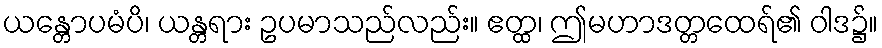
ယန္တောပမံပိ၊ ယန္တရား ဥပမာသည်လည်း။ ဧတ္ထ၊ ဤမဟာဒတ္တထေရ်၏ ဝါဒ၌။